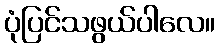
ပုံပြင်သဖွယ်ပါလေ။